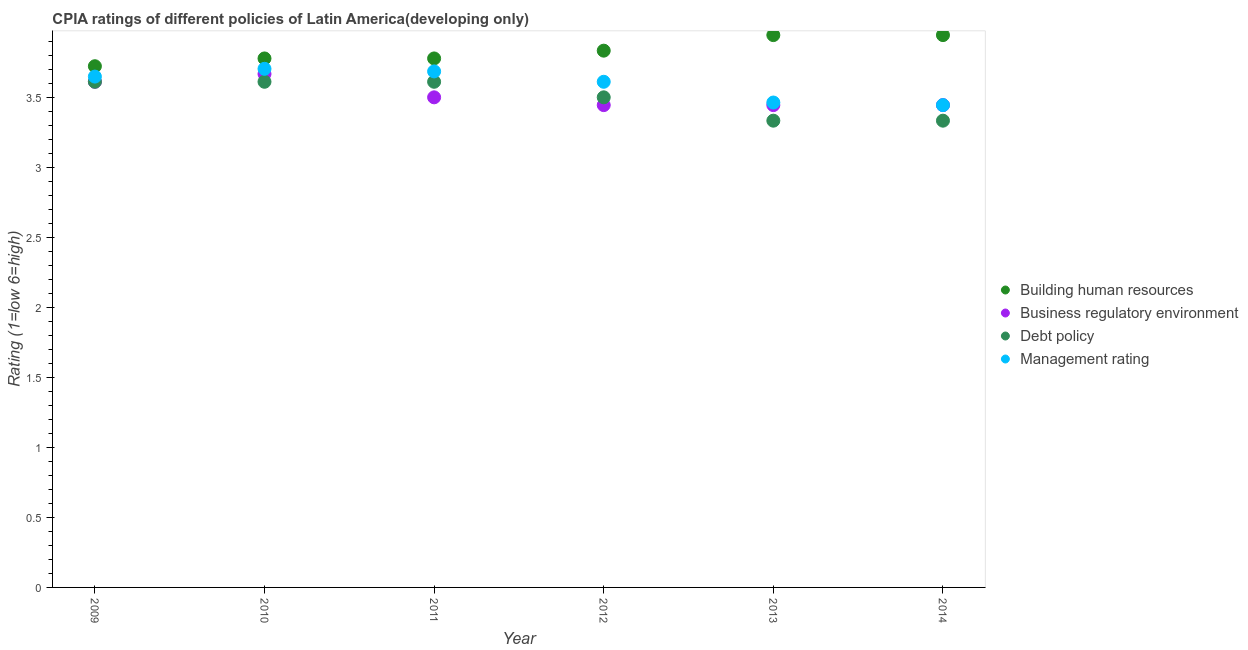
| Year | Building human resources | Business regulatory environment | Debt policy | Management rating |
 | --- | --- | --- | --- | --- |
 | 2009 | 3.72 | 3.61 | 3.61 | 3.65 |
 | 2010 | 3.78 | 3.67 | 3.61 | 3.7 |
 | 2011 | 3.78 | 3.5 | 3.61 | 3.69 |
 | 2012 | 3.83 | 3.44 | 3.5 | 3.61 |
 | 2013 | 3.94 | 3.44 | 3.33 | 3.46 |
 | 2014 | 3.94 | 3.44 | 3.33 | 3.44 |